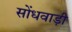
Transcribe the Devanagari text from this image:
सोंधवाड़ी